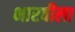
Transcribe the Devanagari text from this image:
भारवीला